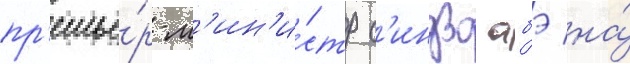
пр'емье́р-м'ин'и́стр с'индзо абэ на́